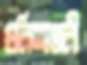
গুলিশাখালী